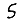
Digit: 5